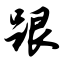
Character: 跟